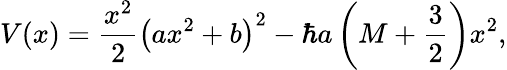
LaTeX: V(x)=\frac{x^{2}}2\left(ax^{2}+b\right)^{2}-\hbar a\left(M+\frac{3}{2}\right)x^{2},